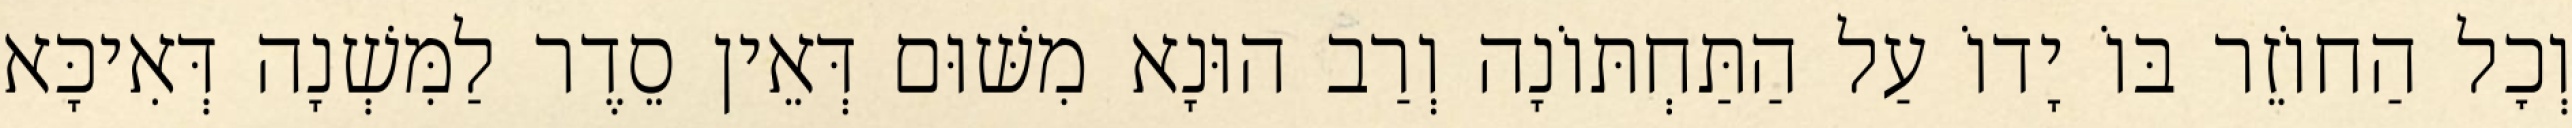
וְכׇל הַחוֹזֵר בּוֹ יָדוֹ עַל הַתַּחְתּוֹנָה וְרַב הוּנָא מִשּׁוּם דְּאֵין סֵדֶר לַמִּשְׁנָה דְּאִיכָּא